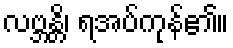
လဗ္ဘန္တိ၊ ရအပ်ကုန်၏။